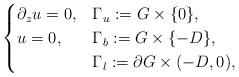
LaTeX: \begin{align*}\begin{cases}\partial_z u = 0, & \Gamma_u := G \times \{ 0 \}, \\u = 0, & \Gamma_b := G \times \{ -D \}, \\ & \Gamma_l := \partial G \times (-D,0),\end{cases}\end{align*}